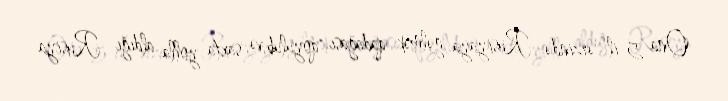
Ona 5 il ərzində Rusiyaya gəlmək qadağası qoyulub və saxta yolla aldığı Rusiya